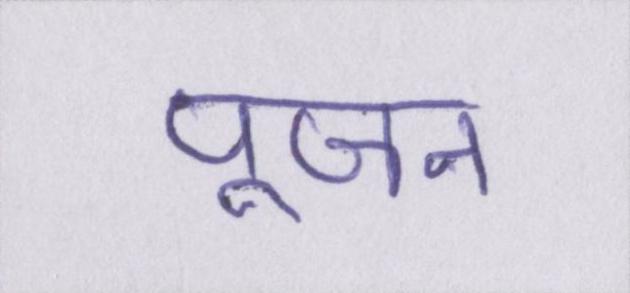
पूजन